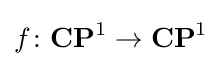
f\colon \mathbf {CP} ^{1}\to \mathbf {CP} ^{1}